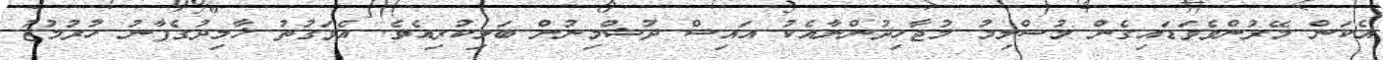
އެކަން މޭރުންވެވަޑައިގެން މުސްލިމު މުޖާހިދުންނާއެކު އައިސް ދުޝްމިނުން ބަލިކުރިއެވެ. އެވަގުތު ޚާލިދުގެފާނު ހުރުމުޒު